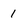
Character: 1